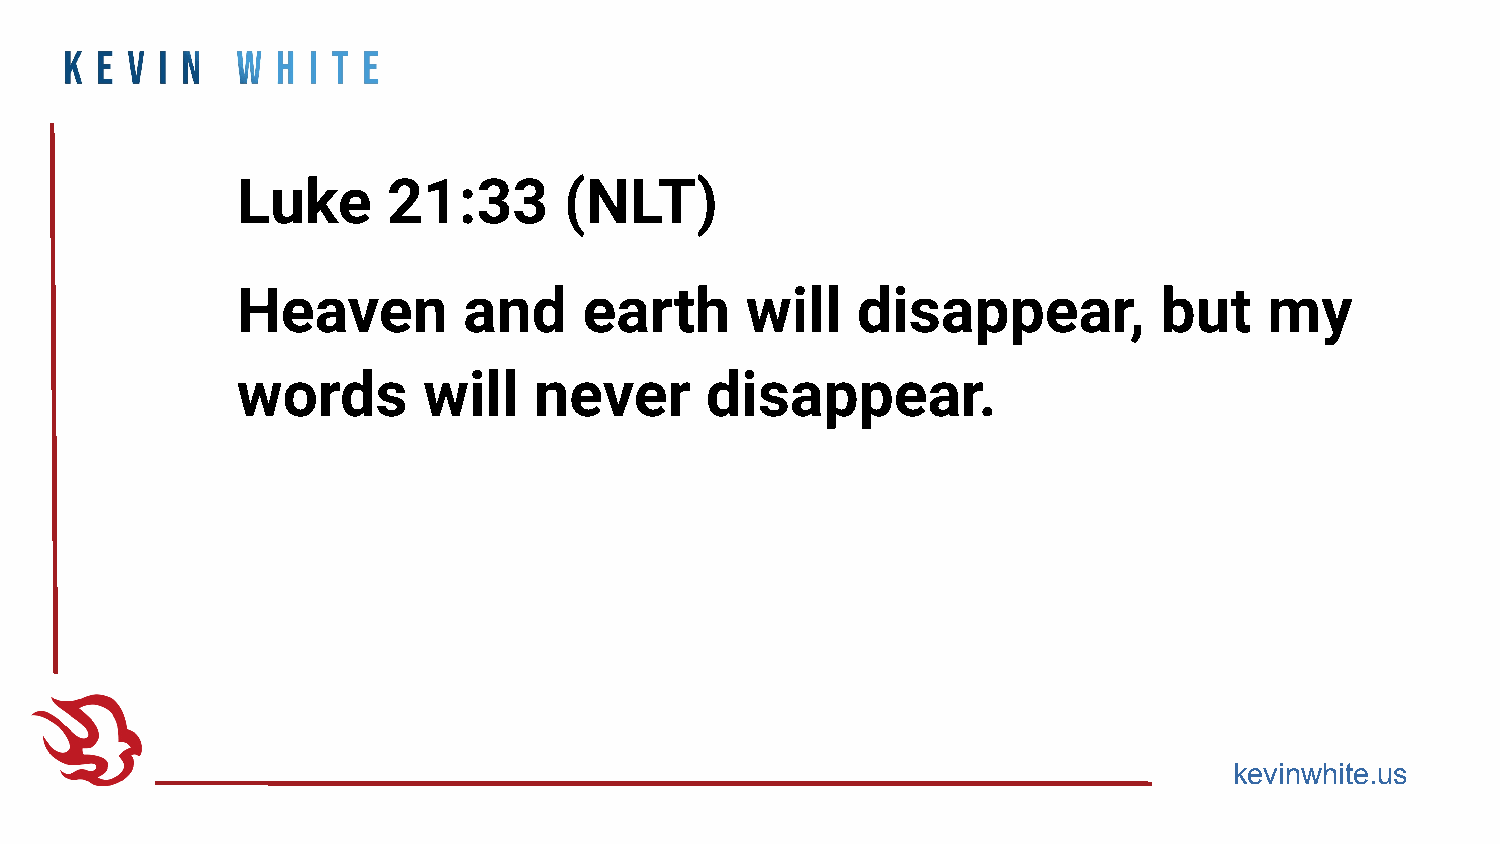
Luke      21:33      (NLT)
 Heaven         and     earth     will    disappear,          but    my
 words       will   never       disappear.
 kevinwhite.us